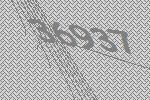
36937